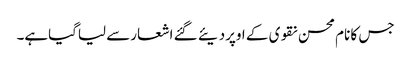
جس کا نام محسن نقوی کے اوپردیئے گئے اشعارسے لیاگیاہے۔